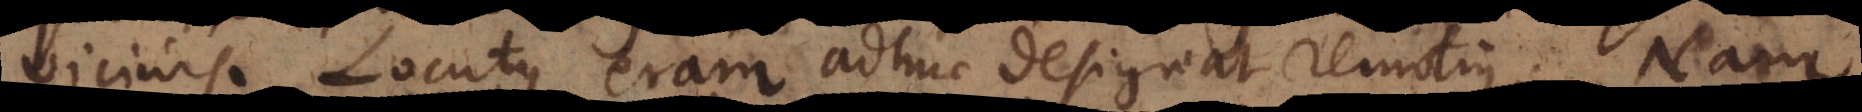
vicinis. Locutus eram adhuc designat remotius. Nam